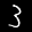
Label: 3